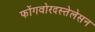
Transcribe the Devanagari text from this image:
फोंगवोरदस्तेलेसन